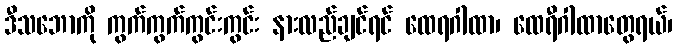
ဒီသဘောကို ကွက်ကွက်ကွင်းကွင်း နားလည်ချင်ရင် ထေရဂါထာ၊ ထေရီဂါထာတွေရယ်၊